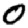
Digit: 0